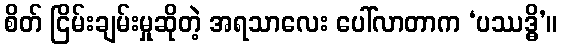
စိတ် ငြိမ်းချမ်းမှုဆိုတဲ့ အရသာလေး ပေါ်လာတာက ‘ပဿဒ္ဓိ’။